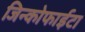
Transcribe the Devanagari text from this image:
जिन्कोफाईटा